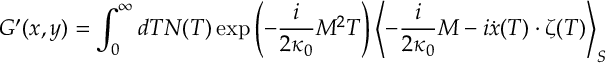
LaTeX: G ^ { \prime } ( x , y ) = \int _ { 0 } ^ { \infty } d T N ( T ) \exp \left( - \frac { i } { 2 \kappa _ { 0 } } M ^ { 2 } T \right) \left< - \frac { i } { 2 \kappa _ { 0 } } M - i \dot { x } ( T ) \cdot \zeta ( T ) \right> _ { S }